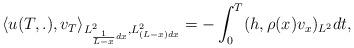
LaTeX: \begin{align*}\langle u(T,.), v_T\rangle _{L^2_{ \frac{1}{L-x} dx }, L^2_{(L-x)dx}}=-\int_0^T (h,\rho (x)v_x)_{L^2}dt,\end{align*}